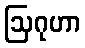
ဩဂုဟာ